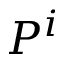
P ^ { i }